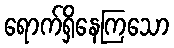
ရောက်ရှိနေကြသော